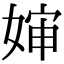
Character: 婶